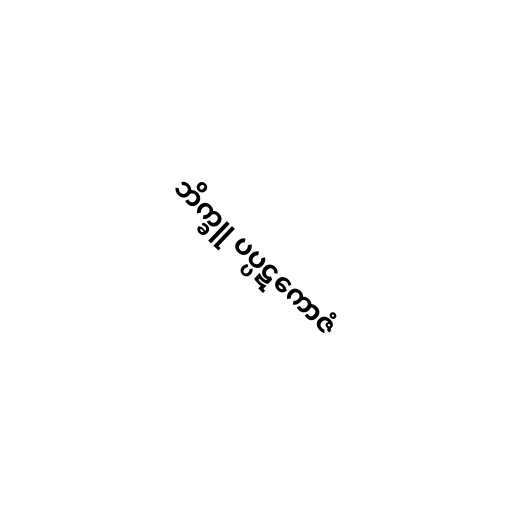
ဘိက္ခူ ပပ္ပဋကောဇံ